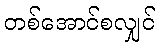
တစ်အောင်စလျှင်